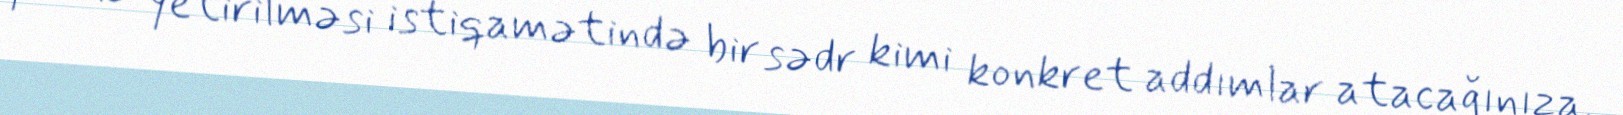
yerinə yetirilməsi istiqamətində bir sədr kimi konkret addımlar atacağınıza,